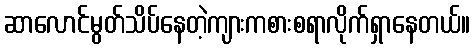
ဆာလောင်မွတ်သိပ်နေတဲ့ကျားကစားစရာလိုက်ရှာနေတယ်။